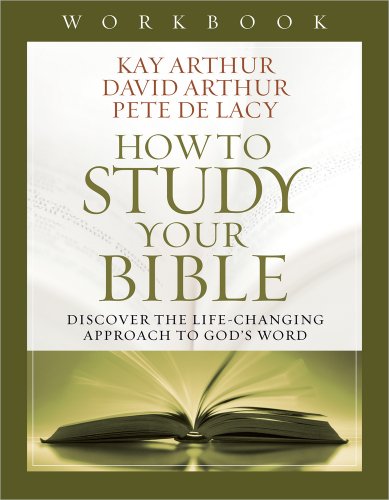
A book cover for How to Study Your Bible Workbook: Discover the Life-Changing Approach to God's Word; Kay Arthur; Christian Books & Bibles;